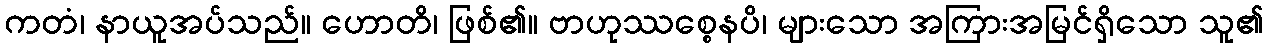
ကတံ၊ နာယူအပ်သည်။ ဟောတိ၊ ဖြစ်၏။ ဗာဟုဿစ္စေနပိ၊ များသော အကြားအမြင်ရှိသော သူ၏